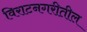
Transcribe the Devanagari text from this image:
विराटनगरीतील